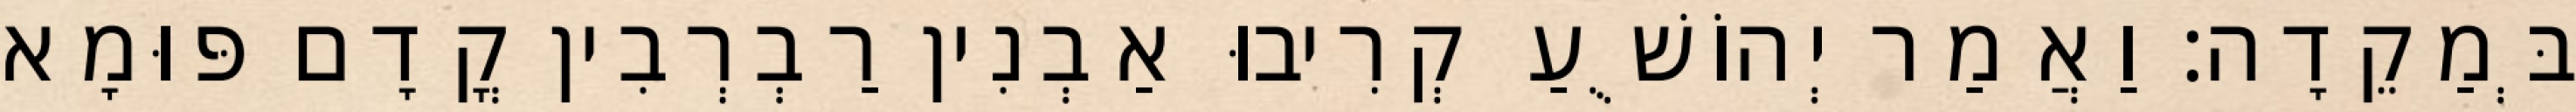
בְּמַקֵדָה׃ וַאֲמַר יְהוֹשֻׁעַ קְרִיבוּ אַבְנִין רַבְרְבִין קֳדָם פּוּמָא